Civil Veterinary Dept. North-West Frontier Province 1933-46 - 1933-1946
Year: 1933
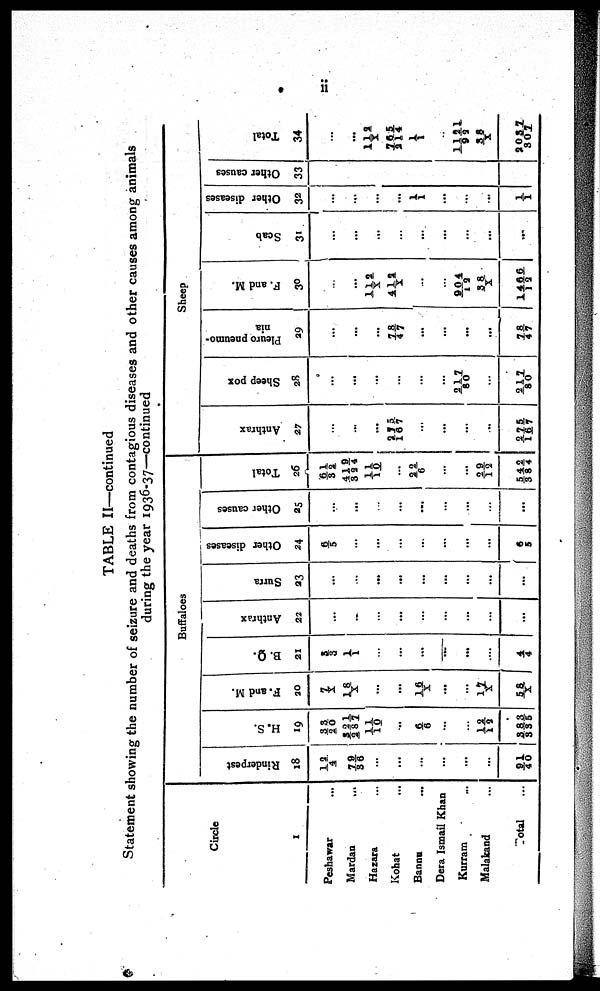
ii
TABLE II—continued
Statement showing the number of seizure and deaths from contagious diseases and other causes among animals
during the year 1936-37—continued
Circle
1
Peshawar ...
Mardan
...
Hazara ...
Kohat...
Bannu ...
Dera Ismail Khan
Kurram ...
Malakand ...
Total ...
Buffaloes
Rinderpest
18
12/4
79/36
...
...
...
...
...
...
91/40
H. S.
19
33/20
321/287
11/10
...
6/6
...
...
12/12
383/335
F. and M.
20
7/X
18/X
...
...
16/X
...
...
17/X
58/X
B. Q.
21
3/3
1/1
...
...
...
...
...
...
4/4
Anthrax
22
...
...
...
...
...
...
...
...
...
Sutra
23
...
...
...
...
...
...
...
...
...
Other diseases
24
6/5
...
...
...
...
...
...
...
6/5
Other causes
25
...
...
...
...
...
...
...
...
...
Total
26
61/32
419/324
11/10
...
22/6
...
...
29/12
542/384
Sheep
Anthrax
27
...
...
...
275/167
...
...
...
...
275/167
Sheep pox
28
...
...
...
...
...
...
217/80
...
217/80
Pleuro pneumo-
nia
29
...
...
...
78/47
...
...
...
...
78/47
F. and M.
30
...
...
112/X
412/X
...
...
904/12
38/ X
1466/12
Scab
31
...
...
...
...
...
...
...
...
...
Other diseases
32
...
...
...
1/ 1
...
...
...
1/ 1
Other causes
33
...
Total
34
...
...
112/X
765/214
1/ 1
1121/92
38/X
2037/307